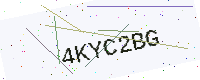
Text: 4KYC2BG